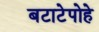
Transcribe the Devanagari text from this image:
बटाटेपोहे